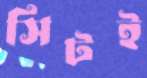
সিটই